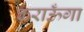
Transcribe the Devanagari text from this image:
कराऊँगा